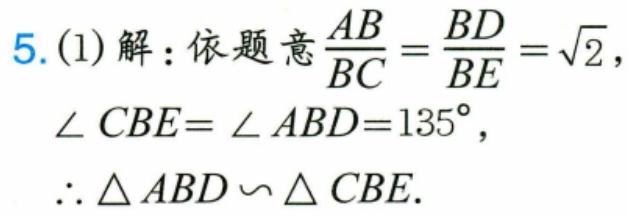
5.(1)解：依题意$\frac{AB}{BC}=\frac{BD}{BE}=\sqrt{2}$，
$\angle CBE = \angle ABD = 135^{\circ}$，
$\therefore\triangle ABD\backsim\triangle CBE$.